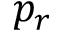
p _ { r }